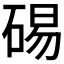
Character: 𥓘